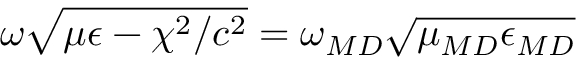
\omega \sqrt { \mu \epsilon - \chi ^ { 2 } / c ^ { 2 } } = \omega _ { \/ { M D } } \sqrt { \mu _ { \/ { M D } } \epsilon _ { \/ { M D } } }